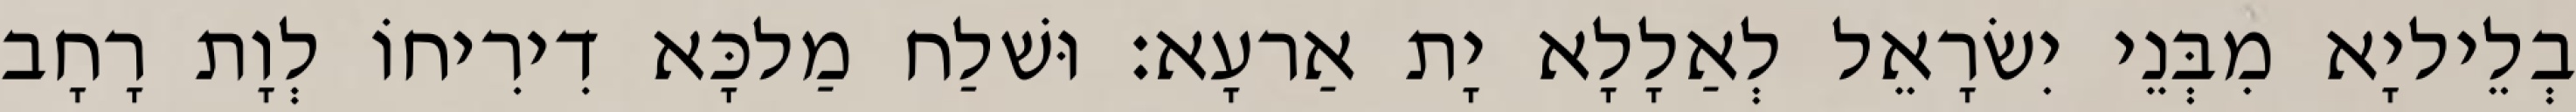
בְלֵיליָא מִבְּנֵי יִשׂרָאֵל לְאַלָלָא יָת אַרעָא׃ וּשׁלַח מַלכָּא דִירִיחוֹ לְוָת רָחָב